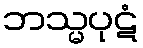
ဘသ္မပုဋံ